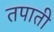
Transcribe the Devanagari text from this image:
तपाती